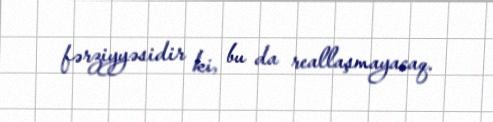
fərziyyəsidir ki, bu da reallaşmayacaq.